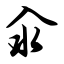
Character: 汆